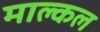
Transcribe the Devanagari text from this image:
माल्कल